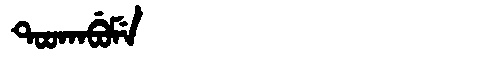
Manchu: ᡨᠣᠣᡴᠠᠪᡠᠮᡝ
Romanization: TOOKABUME